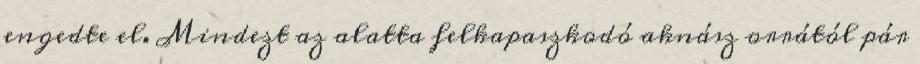
engedte el. Mindezt az alatta felkapaszkodó aknász orrától pár